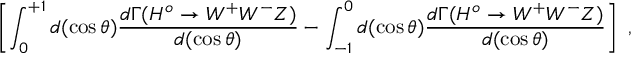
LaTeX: \left[ \int _ { 0 } ^ { + 1 } d ( \cos \theta ) \frac { d \Gamma ( H ^ { o } \to W ^ { + } W ^ { - } Z ) } { d ( \cos \theta ) } - \int _ { - 1 } ^ { 0 } d ( \cos \theta ) \frac { d \Gamma ( H ^ { o } \to W ^ { + } W ^ { - } Z ) } { d ( \cos \theta ) } \right] \ ,